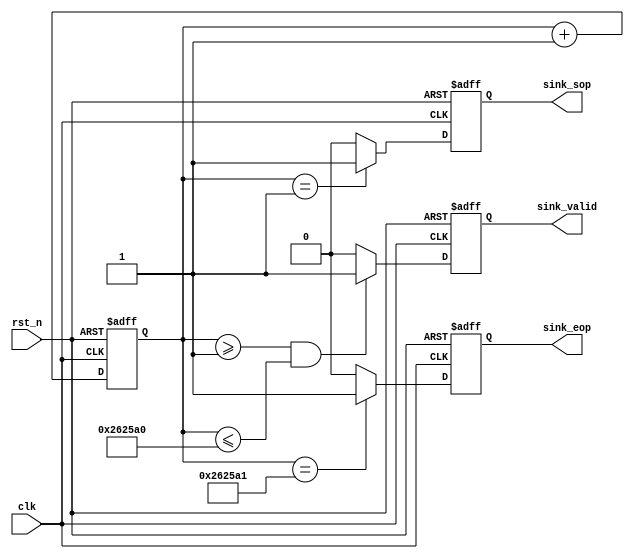
module cnt(
    input           clk,
    input           rst_n,
    output          sink_sop,
    output          sink_eop,
    output          sink_valid
);

reg [22:0]  count;
reg         sop;
reg         eop;
reg         valid;

assign sink_sop = sop;
assign sink_eop = eop;
assign sink_valid = valid;

always @(posedge clk or negedge rst_n) begin
    if(!rst_n) begin
        eop <= 1'b0;
        sop <= 1'b0;
        valid <= 1'b0;
        count <= 22'b0;
    end
    else begin
        count <= count + 22'b1;                 //
        if(count==22'b1)
            sop <= 1'b1;
        else
            sop <= 1'b0;

        if(count==22'd2500001)                    //
            eop <= 1'b1;
        else
            eop <= 1'b0;

        if(count>=22'd1 & count <=22'd2500000)
            valid <= 1'b1;
        else
            valid <= 1'b0;
    end
end

endmodule